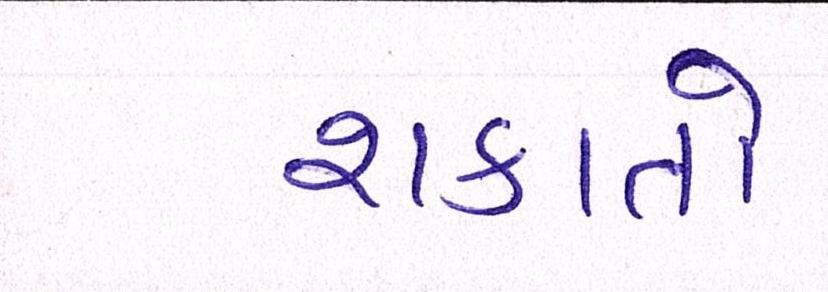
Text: શકાતો